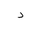
Letter: _dal